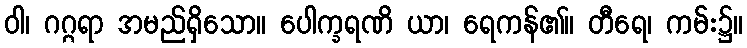
ဝါ၊ ဂဂ္ဂရာ အမည်ရှိသော။ ပေါက္ခရဏိ ယာ၊ ရေကန်၏။ တီရေ၊ ကမ်း၌။